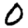
Digit: 0